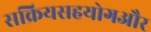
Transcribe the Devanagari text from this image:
सक्रियसहयोगऔर